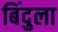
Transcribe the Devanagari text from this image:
बिंदुला